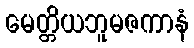
မေတ္တိယဘူမဇကာနံ